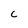
Character: C